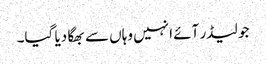
جو لیڈر آئے انہیں وہاں سے بھگا دیا گیا۔